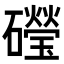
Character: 𥗏